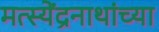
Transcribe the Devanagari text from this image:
मत्स्येंद्रनाथांच्या